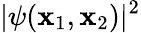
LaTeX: |\psi(\mathbf{x}_{1},\mathbf{x}_{2})|^{2}